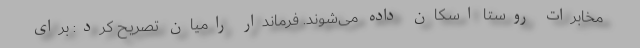
مخابرات روستا اسکان داده می‌شوند. فرماندار رامیان تصریح کرد: برای